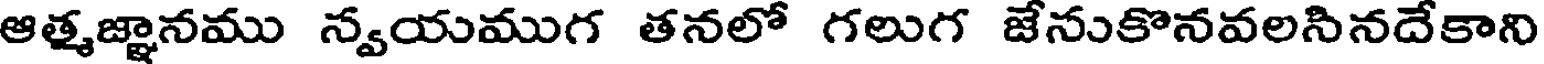
ఆత్మజ్ఞానము న్వయముగ తనలో గలుగ జేనుకొనవలసినదేకాని